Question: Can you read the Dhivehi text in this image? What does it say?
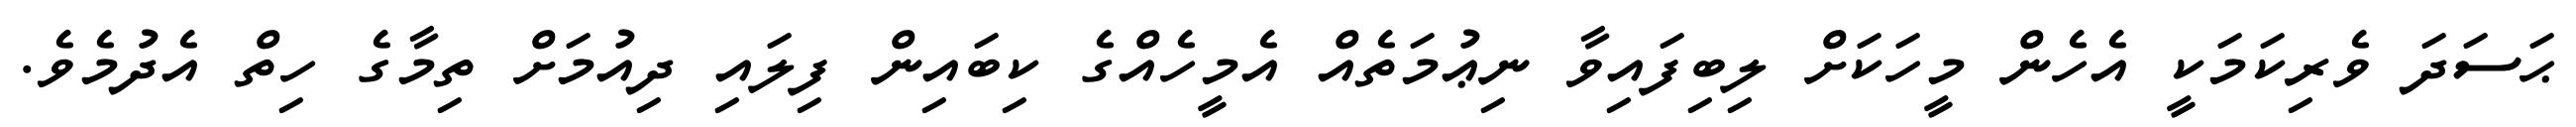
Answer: ޙަސަދަ ވެރިކަމަކީ އެހެން މީހަކަށް ލިބިފައިވާ ނިޢުމަތެއް އެމީހެއްގެ ކިބައިން ފިލައި ދިއުމަށް ތިމާގެ ހިތް އެދުމެވެ.